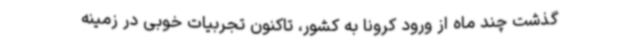
گذشت چند ماه از ورود کرونا به کشور، تاکنون تجربیات خوبی در زمینه